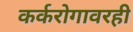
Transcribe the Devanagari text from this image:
कर्करोगावरही